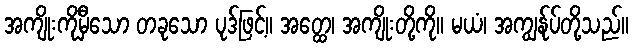
အကျိုးကိုမှီသော တခုသော ပုဒ်ဖြင့်။ အတ္ထေ၊ အကျိုးတို့ကို။ မယံ၊ အကျွန်ုပ်တို့သည်။